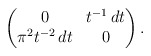
\begin{align*}\begin{pmatrix}0 & t^{-1}\,dt \\\pi^2 t^{-2}\,dt & 0 \end{pmatrix}.\end{align*}